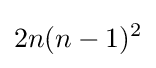
2n(n-1)^{2}